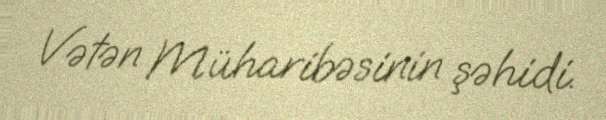
Vətən Müharibəsinin şəhidi.